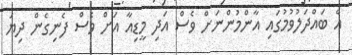
އެ ބައްދަލުވުމުގައި އާންމުންނަށް ވެސް އަދި މީޑިއާ އަށް ވެސް ފެނިގެން ދިޔަ